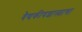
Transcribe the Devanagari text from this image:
वैद्यकीयशास्त्राचा